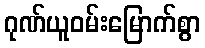
ဂုဏ်ယူဝမ်းမြောက်စွာ